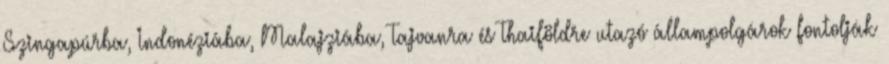
Szingapúrba, Indonéziába, Malajziába, Tajvanra és Thaiföldre utazó állampolgárok fontolják